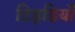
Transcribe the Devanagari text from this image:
टिड़डियाँ